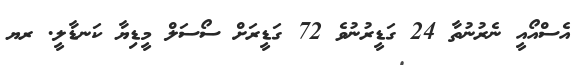
އެސްއޯއީ ނެރުނުތާ 24 ގަޑީރުނުވެ 72 ގަޑީރަށް ސޯސަލް މީޑިޔާ ކަނޑާލީ. ރޔ